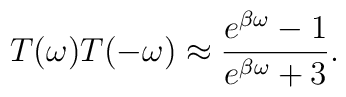
T(\omega) T(-\omega) \approx \frac{e^{\beta \omega} - 1}{e^{\beta \omega} + 3}.